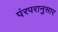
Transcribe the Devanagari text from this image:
पंरपरानुसार